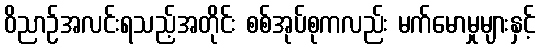
ဝိညာဉ်အလင်းရသည့်အတိုင်း စစ်အုပ်စုကလည်း မက်မောမှုများနှင့်